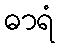
ဓာရံ